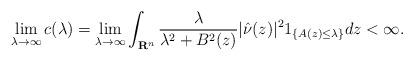
LaTeX: \begin{align*}\lim_{\lambda\rightarrow\infty}c(\lambda)=\lim_{\lambda\rightarrow\infty}\int_{\mathbf{R}^n}\frac{\lambda}{\lambda^2+B^2(z)}|\hat\nu(z)|^21_{\{A(z)\le\lambda\}}dz<\infty.\end{align*}